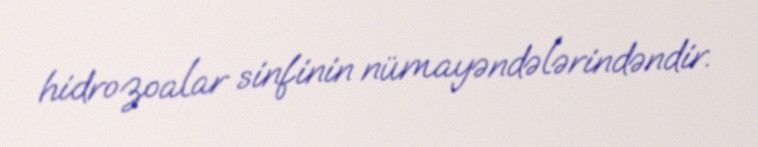
hidrozoalar sinfinin nümayəndələrindəndir.